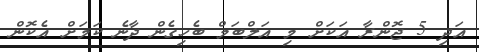
އަދި 5 ޖޮންރާ އަކަށް މި އަލްބަމް ބެހިގެން ދާނެ ކަމަށް އެކޮން